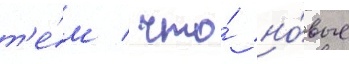
т'е́м / что́ но́вые